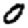
Digit: 0